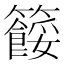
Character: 𥷓